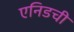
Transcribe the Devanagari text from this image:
एनिडची